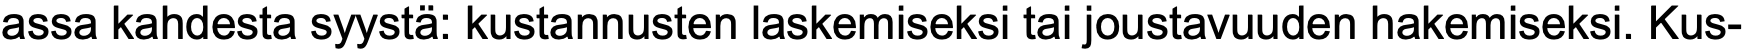
assa kahdesta syystä: kustannusten laskemiseksi tai joustavuuden hakemiseksi. Kus-